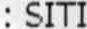
: SITI